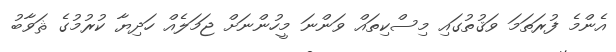
އެންމެ ފުރަތަމަ ވަޤުތުގައި މިސްކިތައް ވަންނަ މީހުންނަށް ޖަމަލެއް ހަދިޔާ ކުރުމުގެ ޘަވާބު